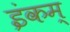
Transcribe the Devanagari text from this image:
इंकम्